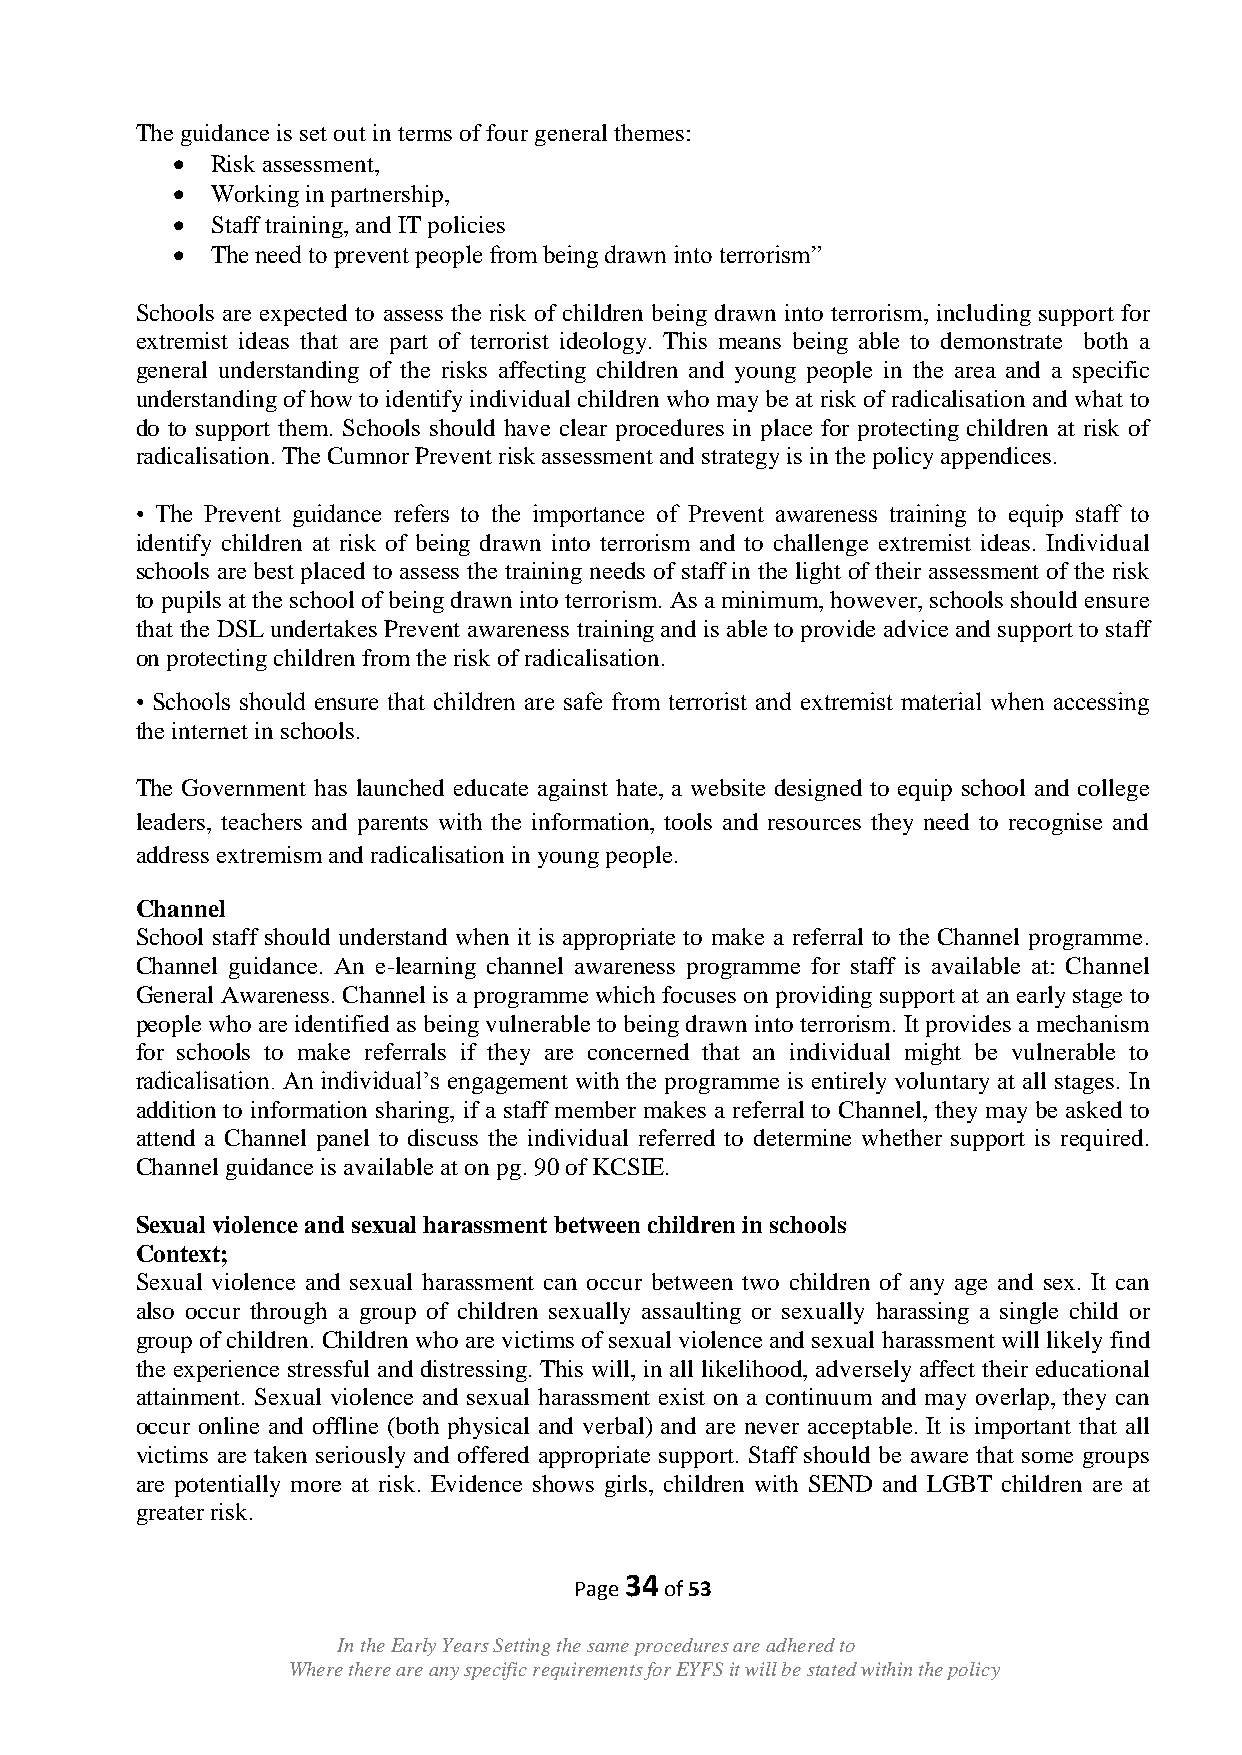
The guidance is set out in terms of four general themes:
   Risk assessment,
   Working in partnership,
   Staff training, and IT policies
   The need to prevent people from being drawn into terrorism”
 Schools are expected to assess the risk of children being drawn into terrorism, including support for
 extremist ideas that are part of terrorist ideology. This means being able to demonstrate both a
 general understanding of the risks affecting children and young people in the area and a specific
 understanding of how to identify individual children who may be at risk of radicalisation and what to
 do to support them. Schools should have clear procedures in place for protecting children at risk of
 radicalisation. The Cumnor Prevent risk assessment and strategy is in the policy appendices.
 • The Prevent guidance refers to the importance of Prevent awareness training to equip staff to
 identify children at risk of being drawn into terrorism and to challenge extremist ideas. Individual
 schools are best placed to assess the training needs of staff in the light of their assessment of the risk
 to pupils at the school of being drawn into terrorism. As a minimum, however, schools should ensure
 that the DSL undertakes Prevent awareness training and is able to provide advice and support to staff
 on protecting children from the risk of radicalisation.
 • Schools should ensure that children are safe from terrorist and extremist material when accessing
 the internet in schools.
 The Government has launched educate against hate, a website designed to equip school and college
 leaders, teachers and parents with the information, tools and resources they need to recognise and
 address extremism and radicalisation in young people.
 Channel
 School staff should understand when it is appropriate to make a referral to the Channel programme.
 Channel guidance. An e-learning channel awareness programme for staff is available at: Channel
 General Awareness. Channel is a programme which focuses on providing support at an early stage to
 people who are identified as being vulnerable to being drawn into terrorism. It provides a mechanism
 for schools to make referrals if they are concerned that an individual might be vulnerable to
 radicalisation. An individual‟s engagement with the programme is entirely voluntary at all stages. In
 addition to information sharing, if a staff member makes a referral to Channel, they may be asked to
 attend a Channel panel to discuss the individual referred to determine whether support is required.
 Channel guidance is available at on pg. 90 of KCSIE.
 Sexual violence and sexual harassment between children in schools
 Context;
 Sexual violence and sexual harassment can occur between two children of any age and sex. It can
 also occur through a group of children sexually assaulting or sexually harassing a single child or
 group of children. Children who are victims of sexual violence and sexual harassment will likely find
 the experience stressful and distressing. This will, in all likelihood, adversely affect their educational
 attainment. Sexual violence and sexual harassment exist on a continuum and may overlap, they can
 occur online and offline (both physical and verbal) and are never acceptable. It is important that all
 victims are taken seriously and offered appropriate support. Staff should be aware that some groups
 are potentially more at risk. Evidence shows girls, children with SEND and LGBT children are at
 greater risk.
 34
 Page  of 53
 In the Early Years Setting the same procedures are adhered to
 Where there are any specific requirements for EYFS it will be stated within the policy